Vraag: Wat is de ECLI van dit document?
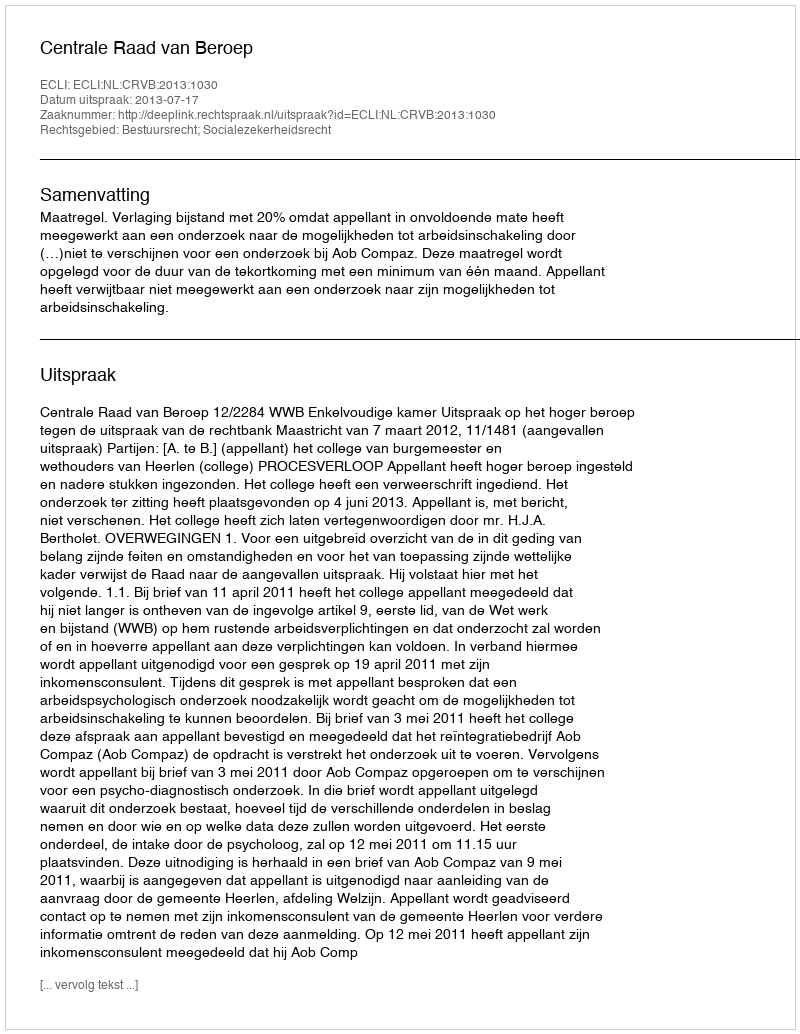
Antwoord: ECLI:NL:CRVB:2013:1030